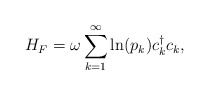
\begin{align*}H_F=\omega\sum_{k=1}^{\infty}\ln(p_{k})c^{\dagger}_{k}c_{k},\end{align*}